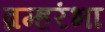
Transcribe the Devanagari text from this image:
ब्रम्हरंभा